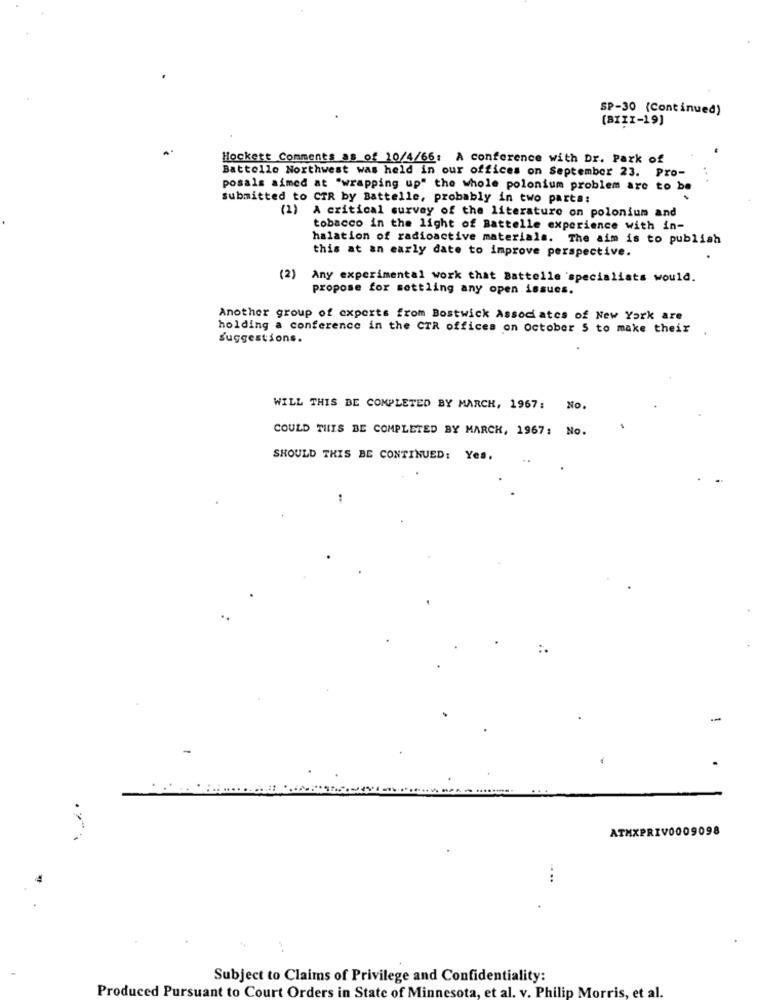
SP-30 (Continued)
(BIII-19]
Hockett Comments as of 10/4/66: A conference with Dr. Park of
Battelle Northwest was held in our offices on September 23. Pro-
posals aimed at "wrapping up" the whole polonium problem are to be
submitted to CTR by Battelle, probably in two parts:
(1) A critical survey of the literature on polonium and
tobacco in the light of Battelle experience with in-
halation of radioactive materials. The aim is to publish
this at an early date to improve perspective.
(2) Any experimental work that Battelle specialists would.
propose for settling any open issues.
Another group of experts from Bostwick Associates of New York are
holding a conference in the CTR offices on october 5 to make their
Suggestions.
WILL THIS BE COMPLETED BY MARCH, 1967: NO.
COULD THIS BE COMPLETED BY MARCK, 1967; No.
SHOULD THIS BE CONTINUED: Yes.
-
ATMXPRIV0009098
...
Subject to Claims of Privilege and Confidentiality:
Produced Pursuant to Court Orders in State of Minnesota, et al. v. Philip Morris, et al.